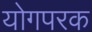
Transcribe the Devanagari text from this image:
योगपरक